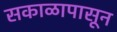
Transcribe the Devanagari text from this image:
सकाळापासून